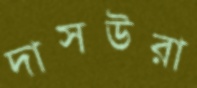
দাসউরা